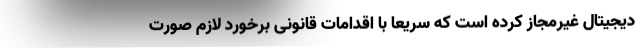
دیجیتال غیرمجاز کرده است که سریعاً با اقدامات قانونی برخورد لازم صورت